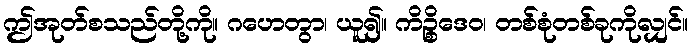
ဤအုတ်စသည်တို့ကို။ ဂဟေတွာ၊ ယူ၍။ ကိဉ္စိဒေဝ၊ တစ်စုံတစ်ခုကိုလျှင်။